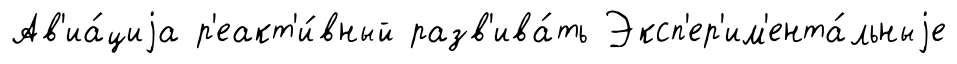
Ав'иа́циjа р'еакт'и́вный разв'ива́ть Эксп'ер'им'ента́льныjе